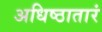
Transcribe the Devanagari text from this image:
अधिष्ठातारं